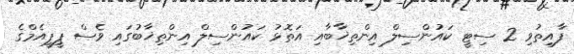
ފާއިތުވި 2 ސިޓީ ކައުންސިލް އިންތިޚާބާއި އަތޮޅު ކައުންސިލް އިންތިޚާބުގައި ވެސް ޕީޕީއެމްގެ